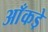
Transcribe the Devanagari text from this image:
आँकडे़